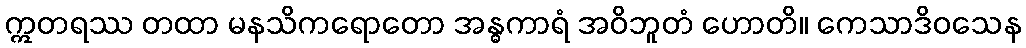
ဣတရဿ တထာ မနသိကရောတော အန္ဓကာရံ အဝိဘူတံ ဟောတိ။ ကေသာဒိဝသေန